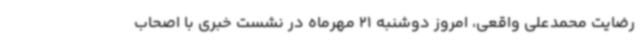
رضایت محمدعلی واقعی، امروز دوشنبه 21 مهرماه در نشست خبری با اصحاب